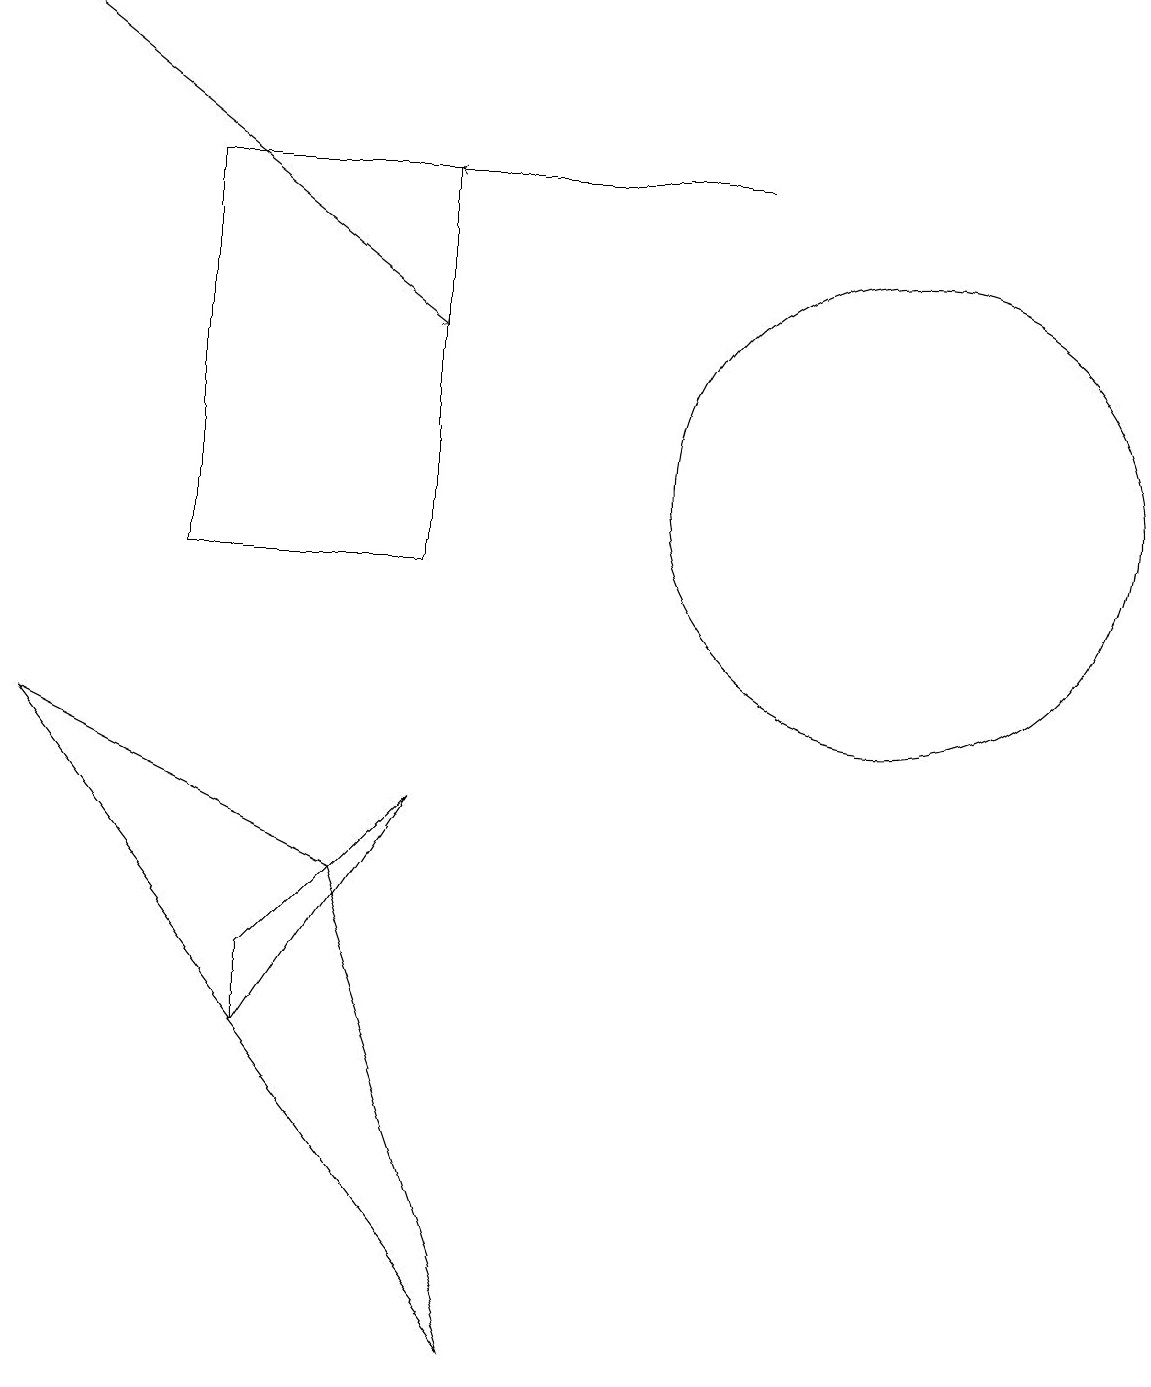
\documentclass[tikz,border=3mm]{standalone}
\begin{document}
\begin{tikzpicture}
\draw (5,15) rectangle (2,10);
\draw[->] (9,15) -- (5,15);
\draw (6,0) -- (4,6) -- (0,8) -- cycle;
\draw (5,7) -- (3,4) -- (3,5) -- cycle;
\draw (11,11) circle (3);
\draw[->] (0,17) -- (5,13);
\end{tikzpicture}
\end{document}